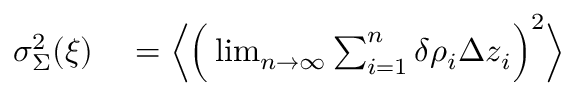
\begin{array} { r l } { \sigma _ { \Sigma } ^ { 2 } ( \boldsymbol { \xi } ) } & { { } = \Big \langle \Big ( \operatorname* { l i m } _ { n \to \infty } \sum _ { i = 1 } ^ { n } \delta \rho _ { i } \Delta z _ { i } \Big ) ^ { 2 } \Big \rangle } \end{array}